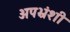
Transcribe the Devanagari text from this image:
अपभ्रंशी